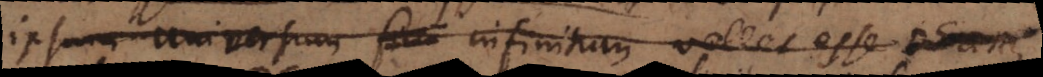
ipsum universum fini infinitum vellet esse